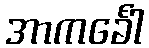
အာကင်္ခေါ